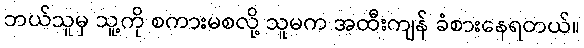
ဘယ်သူမှ သူ့ကို စကားမစလို့ သူမက အထီးကျန် ခံစားနေရတယ်။